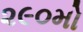
૨૯૦મો